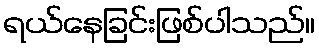
ရယ်နေခြင်းဖြစ်ပါသည်။